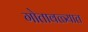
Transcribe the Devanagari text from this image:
गोतावळ्यात